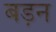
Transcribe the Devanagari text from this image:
बड़न